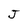
Character: J